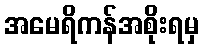
အမေရိကန်အစိုးရမှ